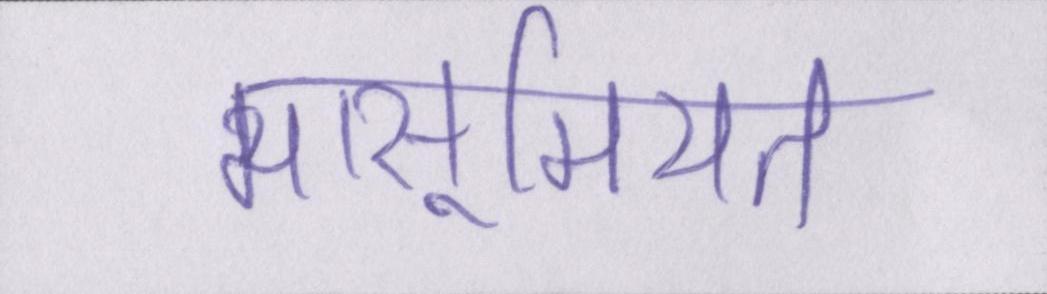
मासूमियत